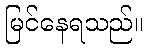
မြင်နေရသည်။